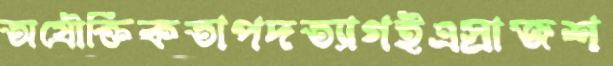
অযৌক্তিকতাপদত্যাগইএস্রাজশ